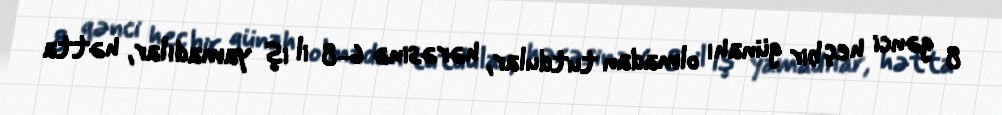
8 gənci heç bir günahı olmadan tutdular, hərəsinə 6-8 il iş yamadılar, hətta